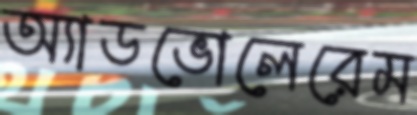
অ্যাডভোলেরেম